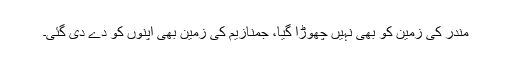
مندر کی زمین کو بھی نہیں چھوڑا گیا، جمنازیم کی زمین بھی اپنوں کو دے دی گئی۔